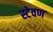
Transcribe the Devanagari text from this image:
स्टेवण